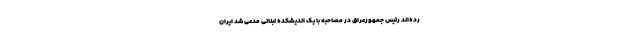
رده‌اند رئیس جمهورعراق در مصاحبه با یک اندیشکده لبنانی مدعی شد ایران